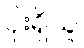
ပိုးရှိသူ